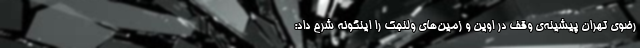
رضوی تهران پیشینه‌ی وقف در اوین و زمین‌های ولنجک را اینگونه شرح داد: